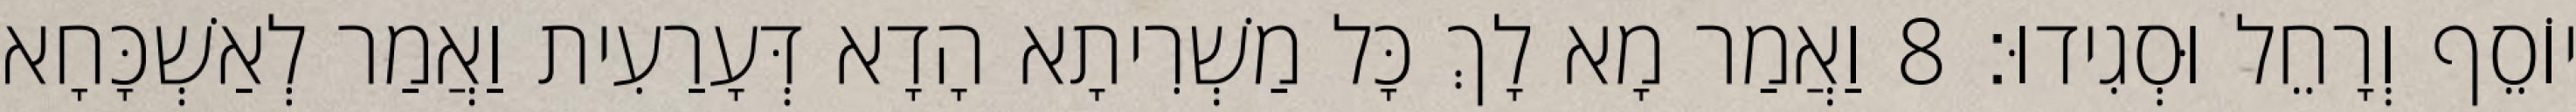
יוֹסֵף וְרָחֵל וּסְגִידוּ׃ 8 וַאֲמַר מָא לָךְ כָּל מַשְׁרִיתָא הָדָא דְּעָרַעִית וַאֲמַר לְאַשְׁכָּחָא